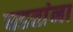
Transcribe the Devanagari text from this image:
घडतांना